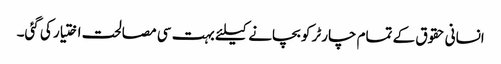
انسانی حقوق کے تمام چارٹر کو بچانے کیلئے بہت سی مصالحت اختیار کی گئی۔